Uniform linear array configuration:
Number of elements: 4
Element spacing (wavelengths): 0.5
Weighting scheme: binomial
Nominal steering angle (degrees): -45
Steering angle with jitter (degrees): -43.39
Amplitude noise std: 0.05
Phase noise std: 0.05

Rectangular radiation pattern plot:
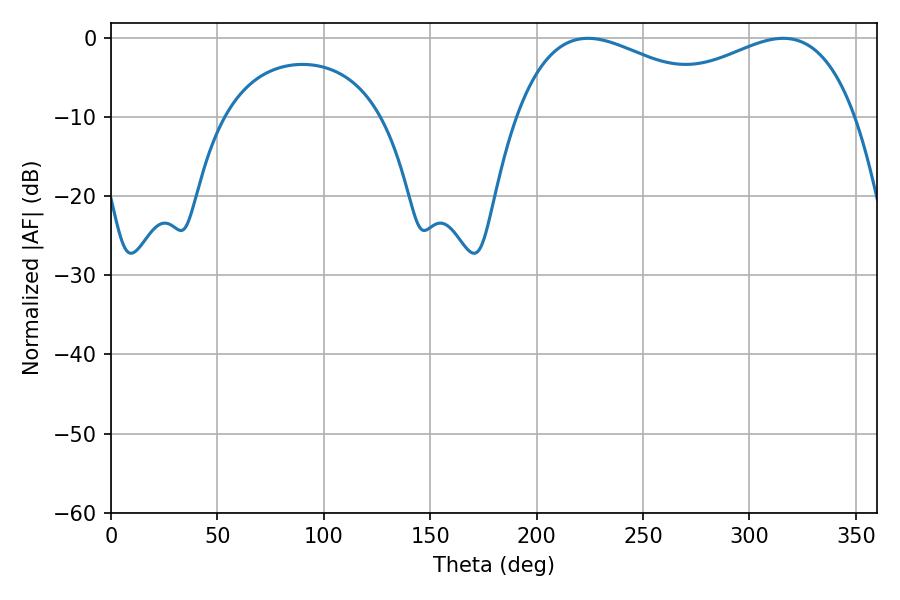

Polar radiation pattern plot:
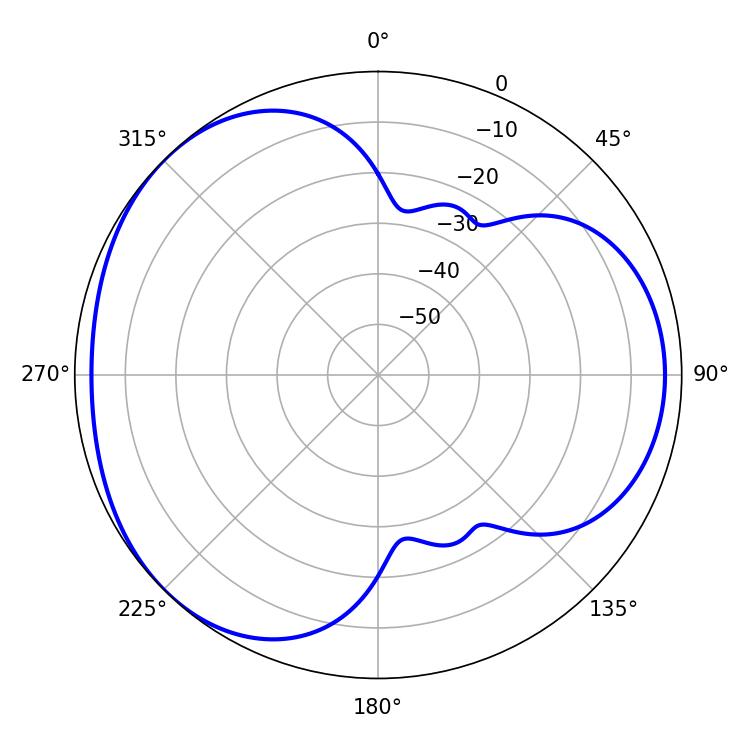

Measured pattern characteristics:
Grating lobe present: FALSE
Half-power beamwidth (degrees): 56.88
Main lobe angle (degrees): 224.1